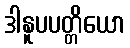
ဒါနူပပတ္တိယော